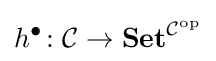
h^{\bullet }\colon {\mathcal {C}}\to \mathbf {Set} ^{{\mathcal {C}}^{\mathrm {op} }}